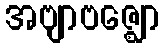
အဗျာဗဇ္ဈော